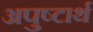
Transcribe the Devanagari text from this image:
अपुष्टार्थ